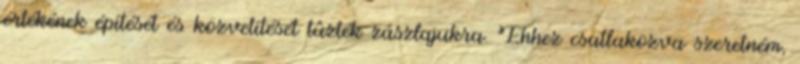
értékének építését és közvetítését tûzték zászlajukra. Ehhez csatlakozva szeretném,